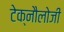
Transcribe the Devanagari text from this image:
टेक्नौलोजी